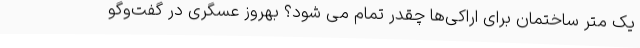
یک متر ساختمان برای اراکی‌ها چقدر تمام می شود؟ بهروز عسگری در گفت‌وگو